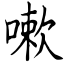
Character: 嗽